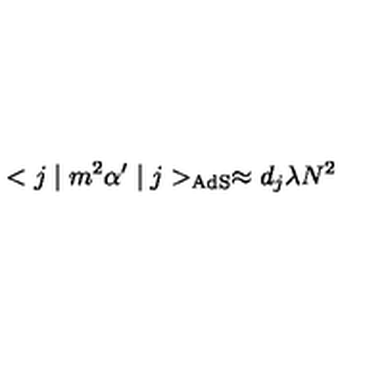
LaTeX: < j \mid m ^ { 2 } \alpha ^ { \prime } \mid j > _ { \mathrm { A d S } } \approx d _ { { j } } \lambda N ^ { 2 }